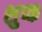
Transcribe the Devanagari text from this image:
शुप्क